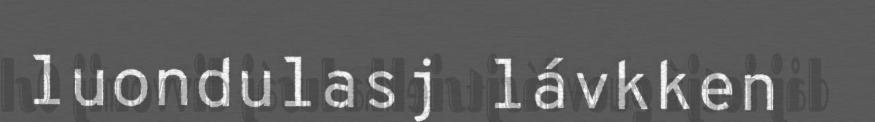
luondulasj lávkken